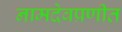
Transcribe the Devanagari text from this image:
नामदेवप्रणीत